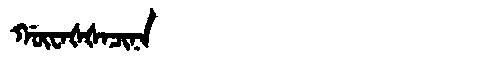
Manchu: ᡤᡡᠸᠠᡧᡧᠠᠴᡳᠨᠠ
Romanization: GŪWAŠŠACINA